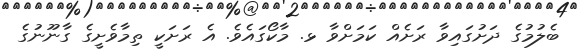
ބެލުމުގެ ދަށުގައިވާ ރަށެއް ކަމަށްވާ ޅ. މާކޯގައެވެ. އެ ރަށަކީ ތިމާވެށީގެ ގާނޫނުގެ